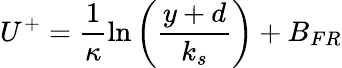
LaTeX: U^{+}=\frac{1}{\kappa}\ln\left(\frac{y+d}{k_{s}}\right)+B_{FR}